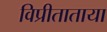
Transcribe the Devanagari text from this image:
विप्रीताताया